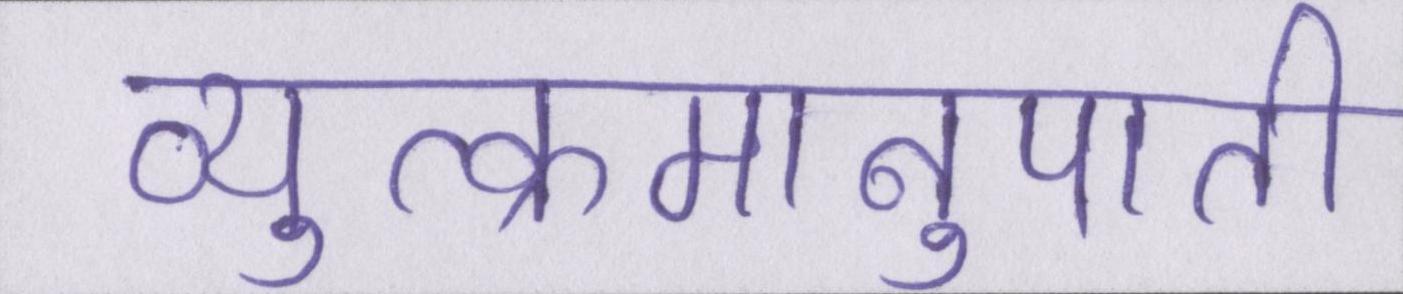
व्युत्क्रमानुपाती